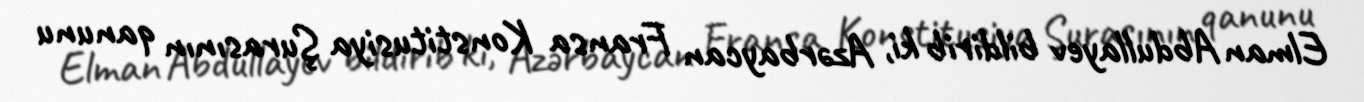
Elman Abdullayev bildirib ki, Azərbaycan Fransa Konstitusiya Şurasının qanunu